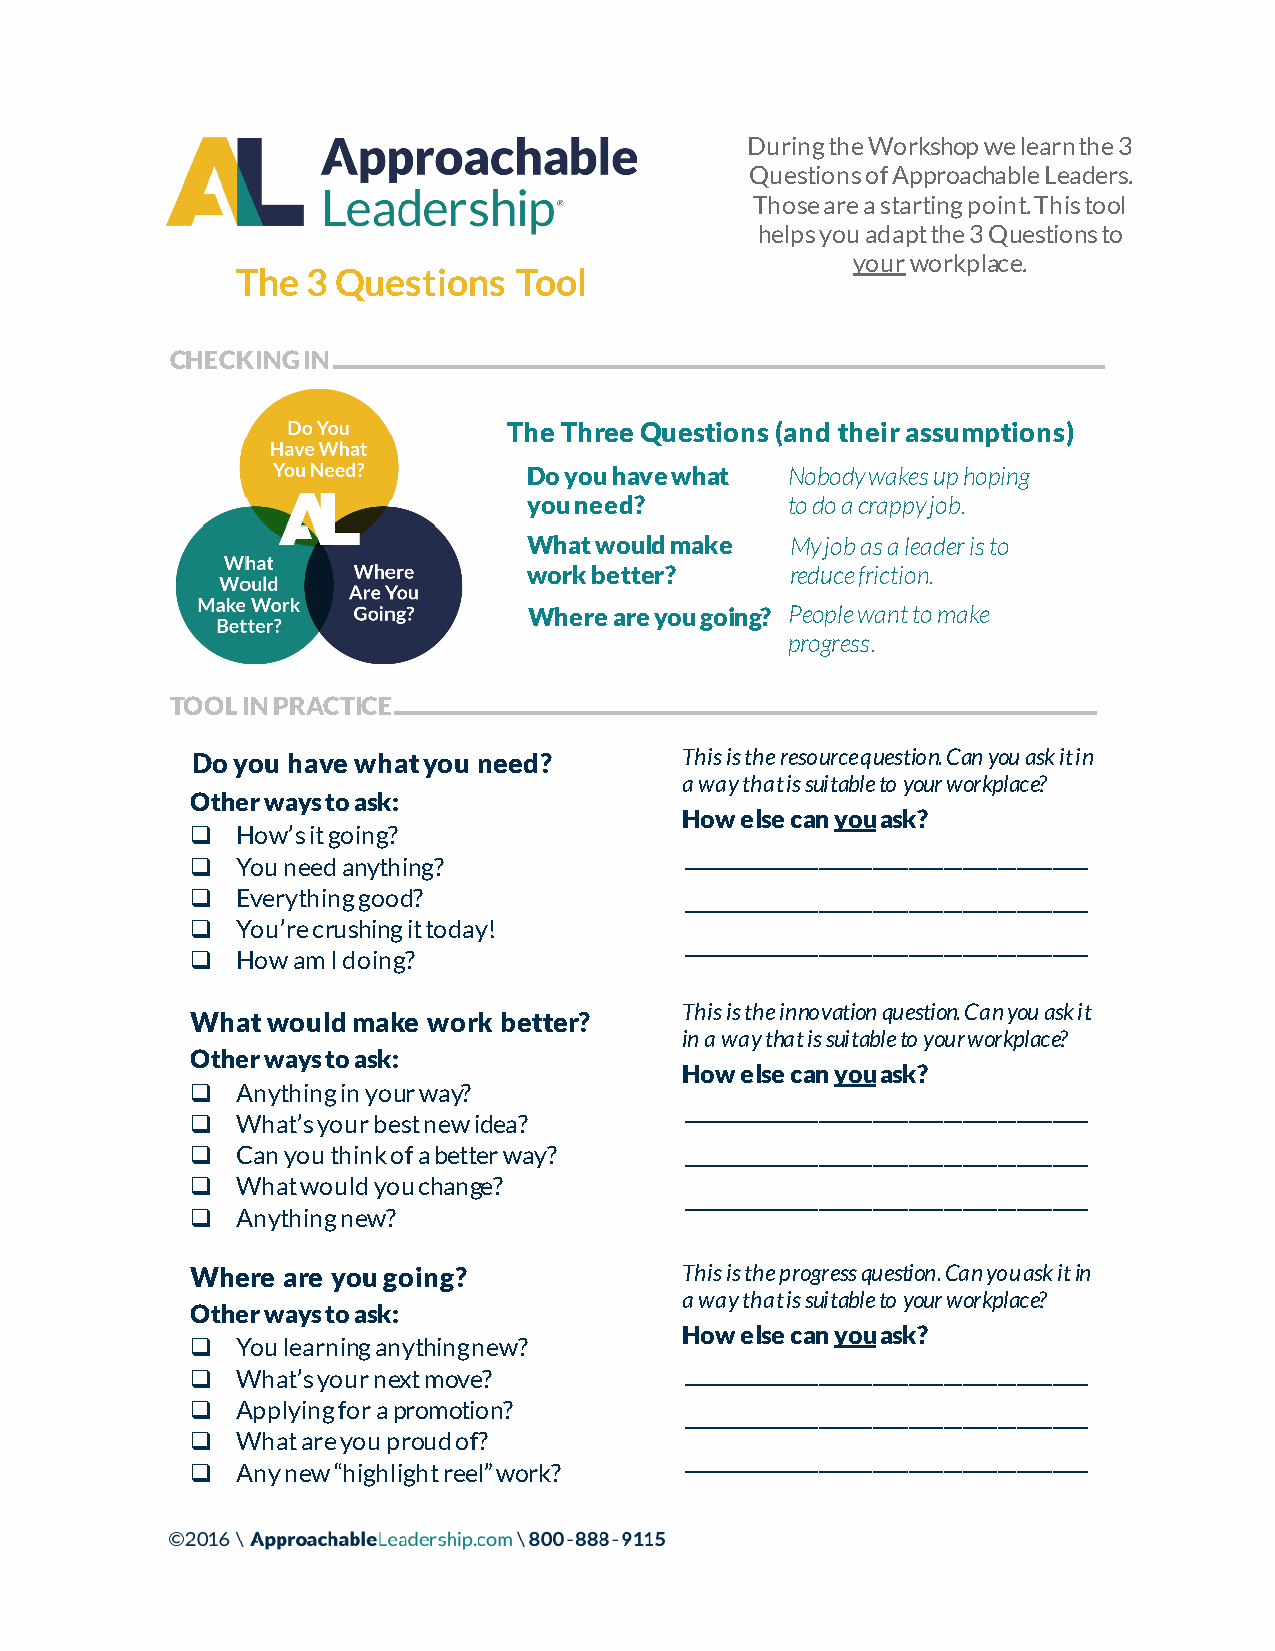
During the Workshop we learn the 3
 Questions of Approachable Leaders.
 Those are a starting point. This tool
 helps you adapt the 3 Questions to
 yourworkplace.
 The 3 Questions   Tool
 CHECKING IN
 The Three Questions (and their assumptions)
 Do you have what Nobody wakes up hoping
 you need?        to do a crappy job.
 What would make  My job as a leader is to
 work better?     reduce friction.
 Where are you going? People want to make
 progress.
 TOOL IN PRACTICE
 Do you have what you need?      This is the resource question. Can you ask it in
 a way that is suitable to your workplace?
 Other ways to ask:
 How else can youask?
 q  How’s it going?
 _______________________
 q  You need anything?
 q  Everything good?             _______________________
 q  You’re crushing it today!    _______________________
 q  How am I doing?
 This is the innovation question. Can you ask it
 What would make work better?
 in a way that is suitable to your workplace?
 Other ways to ask:
 How else can youask?
 q  Anything in your way?
 _______________________
 q  What’s your best new idea?
 _______________________
 q  Can you think of a better way?
 q  What would you change?       _______________________
 q  Anything new?
 Where are you going?            This is the progress question. Can you ask it in
 a way that is suitable to your workplace?
 Other ways to ask:
 How else can youask?
 q  You learning anything new?
 _______________________
 q  What’s your next move?
 q  Applying for a promotion?    _______________________
 q  What are you proud of?
 _______________________
 q  Any new “highlight reel” work?